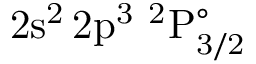
\mathrm { 2 s ^ { 2 } \, 2 p ^ { 3 } ~ ^ { 2 } P _ { 3 / 2 } ^ { \circ } }